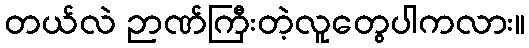
တယ်လဲ ဉာဏ်ကြီးတဲ့လူတွေပါကလား။